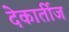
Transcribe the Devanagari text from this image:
देकार्तीज